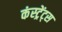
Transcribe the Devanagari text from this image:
कंस्ट्रेंट्स